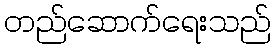
တည်ဆောက်ရေးသည်